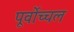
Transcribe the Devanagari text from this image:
पूर्वोच्चल